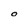
Character: O